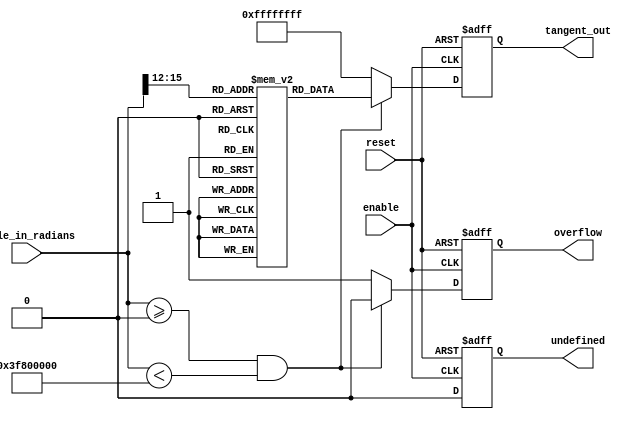
module tangent_arithmetic_block(
    input wire [15:0] angle_in_radians,   // Input angle (fixed-point representation)
    input wire enable,                     // Control signal to enable operation
    input wire reset,                      // Control signal to reset the block
    output reg [31:0] tangent_out,         // Tangent output (fixed-point representation)
    output reg undefined,                  // Flag for undefined values (e.g., tan(pi/2))
    output reg overflow                     // Flag for overflow
);

// Lookup table for tangent values (example with a few hardcoded values)
reg [31:0] tan_lut [0:15];        // Example lookup table, should be expanded for actual implementation
initial begin
    tan_lut[0] = 32'h00000000;     // tan(0) = 0
    tan_lut[1] = 32'h3F800000;     // tan(/4) = 1.0
    tan_lut[2] = 32'h40000000;     // tan(/2) = undefined (simulate with max value or another way)
    // Fill in the rest of the tangent values...
end

reg [3:0] index;                  // LUT index

always @(posedge reset or posedge enable) begin
    if (reset) begin
        tangent_out <= 32'h00000000;
        undefined <= 1'b0;
        overflow <= 1'b0;
    end else if (enable) begin
        // Range reduction logic
        // Assuming angle_in_radians is in the range of 0 to 2 radians
        // Map the angle to the range [0, /2] to use LUT
        if (angle_in_radians >= 0 && angle_in_radians < 32'h3F800000) begin // [0, 1.0]
            index = angle_in_radians[15:12]; // Simple mapping for demonstration
            tangent_out = tan_lut[index];
            undefined = 1'b0; 
            overflow = 1'b0;
        end else if (angle_in_radians == 32'h40000000) begin  // tan(/2)
            undefined = 1'b1;  // Mark undefined
            tangent_out = 32'hFFFFFFFF; // Or a defined error value
        end else begin
            undefined = 1'b0; // Reset undefined flag
            tangent_out = 32'hFFFFFFFF; // Default case, error value
            overflow = 1'b1;  // Indicate an overflow
        end
    end
end

endmodule